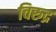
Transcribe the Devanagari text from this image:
विरुद्र